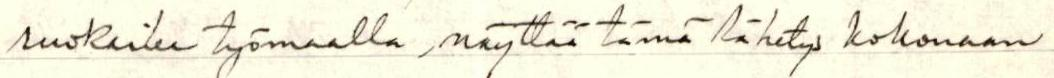
ruokailee työmaalla, näyttää tämä lähetys kokonaan